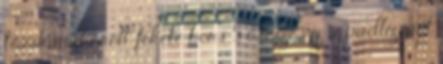
teáskanál őrölt fekete bors 5 csésze víz a padlizsánt